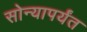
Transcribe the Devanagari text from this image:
सोन्यापर्यंत